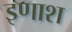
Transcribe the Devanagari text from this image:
इणाश